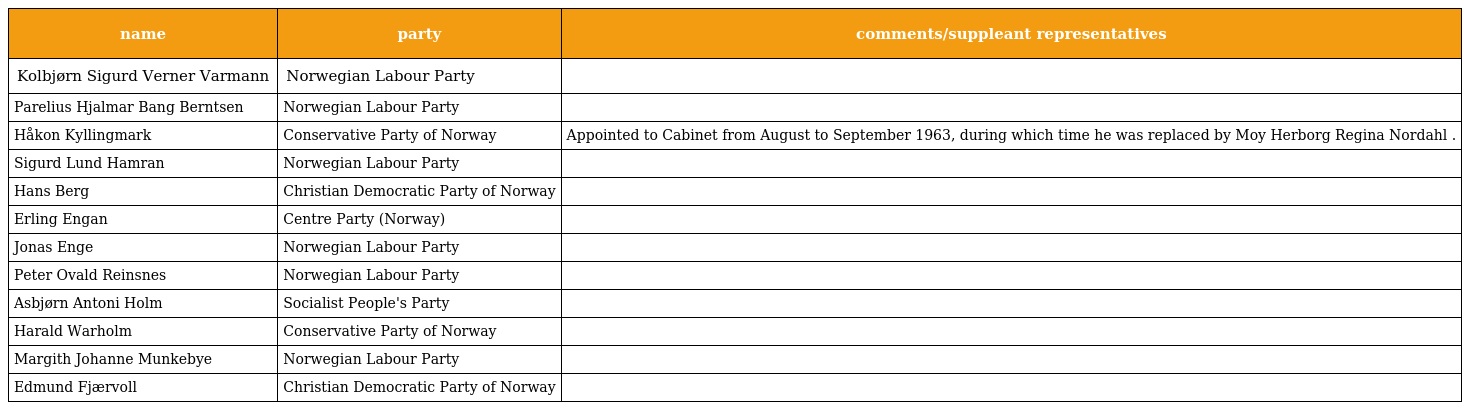
| name | party | comments/suppleant representatives |
 | --- | --- | --- |
 | Kolbjørn Sigurd Verner Varmann | Norwegian Labour Party |  |
 | Parelius Hjalmar Bang Berntsen | Norwegian Labour Party |  |
 | Håkon Kyllingmark | Conservative Party of Norway | Appointed to Cabinet from August to September 1963, during which time he was replaced by Moy Herborg Regina Nordahl . |
 | Sigurd Lund Hamran | Norwegian Labour Party |  |
 | Hans Berg | Christian Democratic Party of Norway |  |
 | Erling Engan | Centre Party (Norway) |  |
 | Jonas Enge | Norwegian Labour Party |  |
 | Peter Ovald Reinsnes | Norwegian Labour Party |  |
 | Asbjørn Antoni Holm | Socialist People's Party |  |
 | Harald Warholm | Conservative Party of Norway |  |
 | Margith Johanne Munkebye | Norwegian Labour Party |  |
 | Edmund Fjærvoll | Christian Democratic Party of Norway |  |